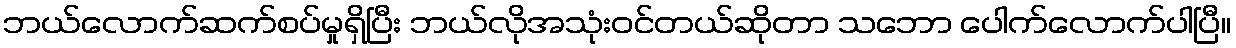
ဘယ်လောက်ဆက်စပ်မှုရှိပြီး ဘယ်လိုအသုံးဝင်တယ်ဆိုတာ သဘော ပေါက်လောက်ပါပြီ။